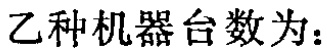
乙种机器台数为：